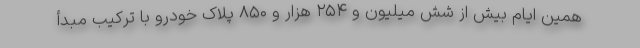
همین ایام بیش از شش میلیون و ۲۵۴ هزار و ۸۵۰ پلاک خودرو با ترکیب مبدأ